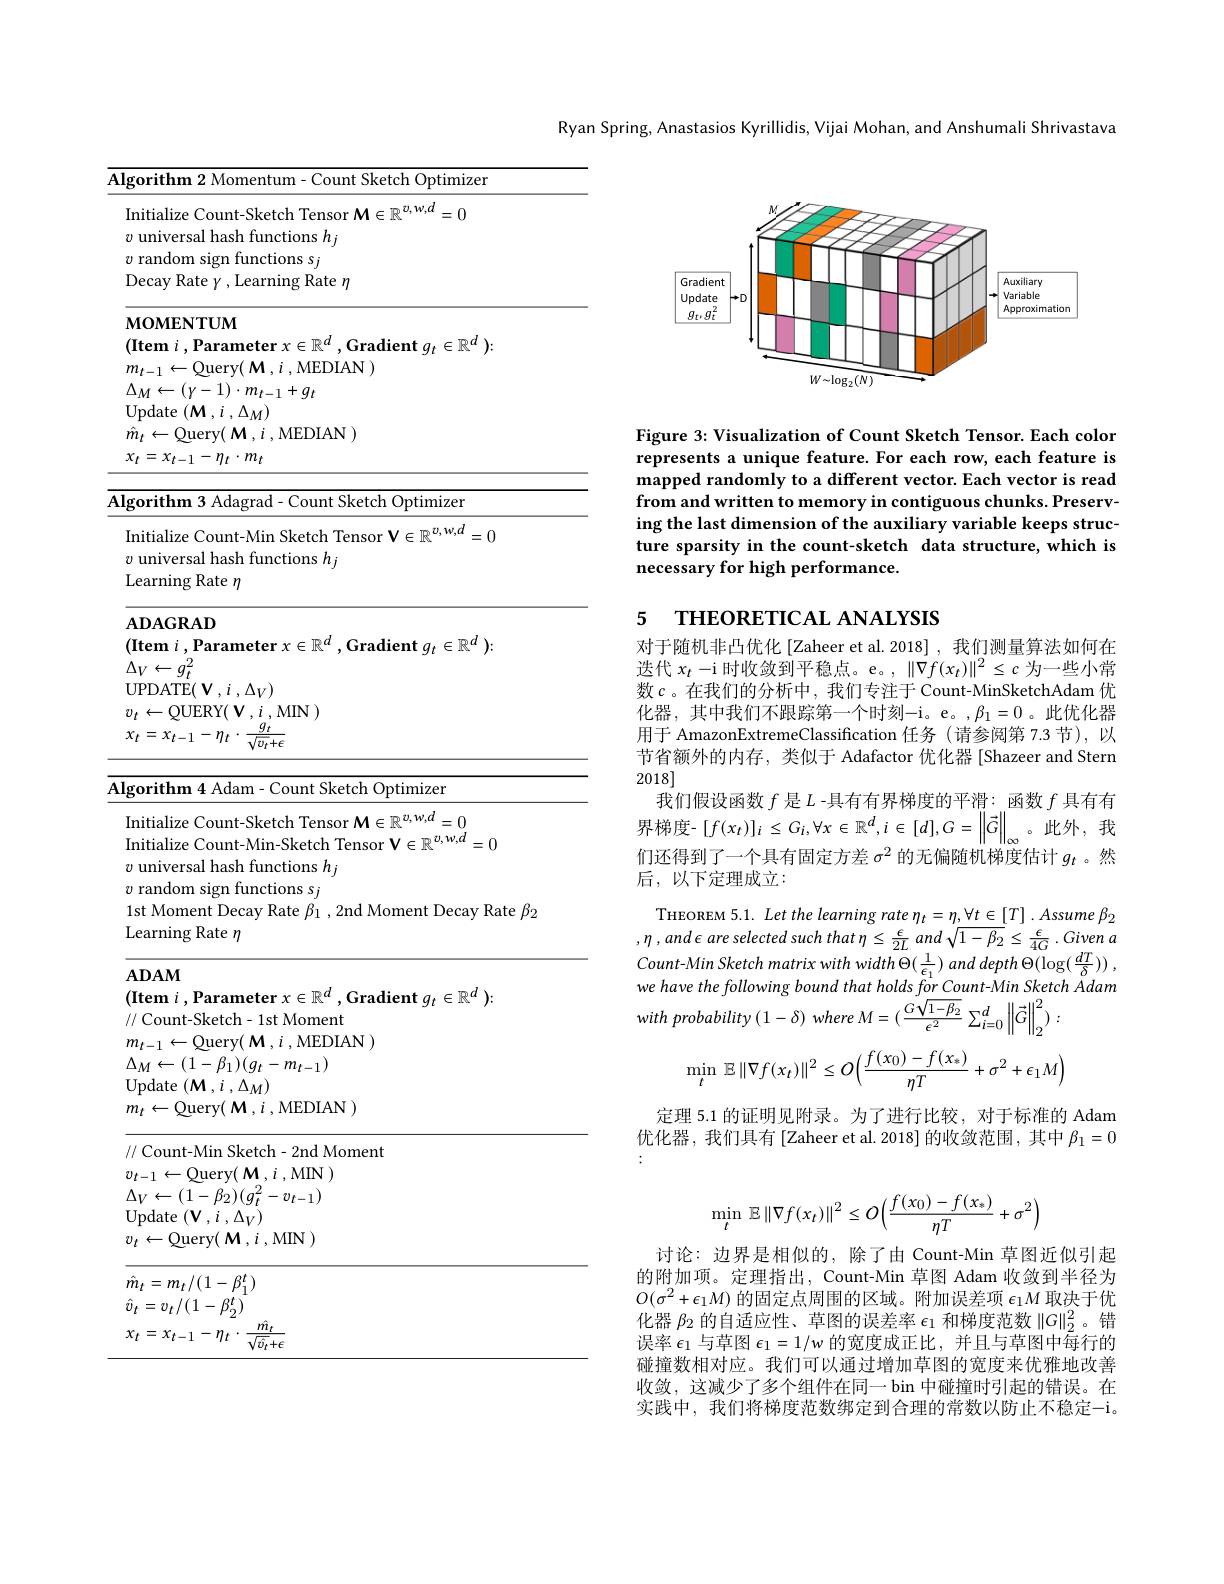
Ryan Spring, Anastasios Kyrillidis, Vijai Mohan, and Anshumali Shrivastava

<table>
	<tbody>
		<tr>
			<th> </th>
			<th>Ryar</th>
		</tr>
		<tr>
			<td>Algorithm 2 Momentum- Count Sketch Optimizer</td>
			<td> </td>
		</tr>
		<tr>
			<td>Initialize Count-Sketch Tensor $\mathbf{M}\in\mathbb{R}^{v,w,d}=0$ $v$ universal hash functions $h_j$ $v$ random sign functions sj Decay Rate $\gamma$ , Learning Rate $\eta$</td>
			<td> </td>
		</tr>
		<tr>
			<td>Algorithm 3 Adagrad- Count Sketch Optimızer Initialize Count-Min Sketch Tensor V$\in\mathbb{R}^{v,w,d}=0$ $v$ universal hash functions $h_j$ Learning Rate $\eta$</td>
			<td> </td>
		</tr>
		<tr>
			<td>Initialize Count-Sketch Tensor $\mathcal{M}\in\mathbb{R}^{v,w,d}=0$ Initialize Count-Min-Sketch Tensor $\mathbf{V}\in\mathbb{R}^{v,w,d}=0$ $v$ universal hash functions $h_j$ $v$ random sign functions s$_j$ 1st Moment Decay Rate $\beta_1$ , 2nd Moment Decay Rate $\beta_2$ Learning Rate $\eta$</td>
			<td>$\beta_2$</td>
		</tr>
		<tr>
			<td>Initialize Count-Sketch Tensor $\mathcal{M}\in\mathbb{R}^{v,w,d}=0$ Initialize Count-Min-Sketch Tensor $\mathbf{V}\in\mathbb{R}^{v,w,d}=0$ $v$ universal hash functions $h_j$ $v$ random sign functions sj 1st Moment Decay Rate $\beta_1,2$nd Moment Decay Rate $\beta_2$</td>
			<td>$\beta_{2}$</td>
		</tr>
		<tr>
			<td>// Count-Min Sketch- 2nd Moment $v_{t-1}\leftarrow$Query$( \textbf{M}, i$,MN) $\Delta_{V}\leftarrow(1-\beta_{2})(g_{t}^{2}-v_{t-1})$ ${\mathrm{Update}}\left(\mathbf{V},i\:,\Delta_{V}\right)$ $v_{t}\leftarrow$Query$( \textbf{M}, i$,MIN)</td>
			<td> </td>
		</tr>
		<tr>
			<td>$\hat{m}_{t}=m_{t}/(1-\beta_{1}^{t})$ $\hat{v}_{t}=v_{t}/(1-\beta_{2}^{t})$</td>
			<td> </td>
		</tr>
		<tr>
			<td>$x_{t}=x_{t-1}-$ $m_{t}$ $\eta_{t}$</td>
			<td> </td>
		</tr>
	</tbody>
</table>

<FigureHere>

Figure 3: Visualization of Count Sketch Tensor. Each color represents a unique feature. For each row, each feature is mapped randomly to a different vector. Each vector is read from and written to memory in contiguous chunks. Preserving the last dimension of the auxiliary variable keeps structure sparsity in the count-sketch data structure, which is necessary for high performance.

# 5 THEORETICAL ANALYSIS

对于随机非凸优化[Zaheer et al. 2018] , 我们测量算法如何在选代$x_t-$i 时收敛到平稳点。e。$,\|\bar{\nabla f}(x_t)\|^2\leq c$为一些小常数$c$。在我们的分析中，我们专注于 Count-MinSketchAdam 优化器，其中我们不跟踪第一个时刻-i。e。,$\beta_1=0$。此优化器用于 AmazonExtremeClassification 任务(请参阅第 7.3 节),以节省额外的内存，类似于 Adafactor 优化器 [Shazeer and Stern 2018]
我们假设函数$f$是$L$ -具有有界梯度的平滑：函数$f$具有有界梯度-$\left[f(x_{t})\right]_{i}\leq G_{i},\forall x\in\mathbb{R}^{d},i\in\left[d\right],G=\left\|\vec{G}\right\|_{\infty}$。此外，我们还得到了一个具有固定方差$\sigma^2$的无偏随机梯度估计$g_t$ 。然后，以下定理成立：
THEOREM 5.1. Let the learning rate $\eta_t=\eta,\forall t\in[T].Assume\beta_2$ $, \eta$ $, and$ $\epsilon$ are selected such that $\eta \leq \frac \epsilon {2L}$ and $\sqrt {1- \beta _{2}}\leq \frac \epsilon {4G}$ . Given $a$ $Count- MinSketchmatrixwithwidth\Theta ( \frac 1{\epsilon _{1}})$ and depth $\Theta ( \log ( \frac {dT}\delta ) )$ , $we$ have the following bound that holds for $Count- Min$ Sketch $\tilde{A} damwith$ probability $( 1- \delta )$ where $M= ( \frac {G\sqrt {1- \beta _{2}}}{\epsilon ^{2}}$ $\sum _{i= 0}^{d}\left \| \tilde{G} \right \| _{2}^{2})$ :
$$\min\limits_t\mathbb{E}\|\nabla f(x_t)\|^2\leq O\Big(\frac{f(x_0)-f(x_*)}{\eta T}+\sigma^2+\epsilon_1M\Big)$$
定理 5.1 的证明见附录。为了进行比较，对于标准的 Adam

优化器，我们具有[Zaheer et al. 2018] 的收敛范围，其中$\beta_1=0$
$$\min\limits_t\mathbb{E}\left\|\nabla f(x_t)\right\|^2\leq O\Big(\frac{f(x_0)-f(x_*)}{\eta T}+\sigma^2\Big)$$
讨论：边界是相似的，除了由 Count-Min 草图近似引起的附加项。定理指出，Count-Min 草图 Adam 收敛到半径为$O(\sigma^2+\epsilon_1M)$的固定点周围的区域。附加误差项$\epsilon_1M$取决于优化器$\beta_{2}$的自适应性、草图的误差率$\epsilon_1$和梯度范数$\|G\|_2^2$。错误率$\epsilon_1$与草图$\epsilon_1=1/w$的宽度成正比，并且与草图中每行的碰撞数相对应。我们可以通过增加草图的宽度来优雅地改善收敛，这减少了多个组件在同一 bin 中碰撞时引起的错误。在实践中，我们将梯度范数绑定到合理的常数以防止不稳定-i。